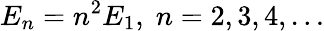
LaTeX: E_{n}=n^{2}E_{1},\; n=2,3,4,\dots